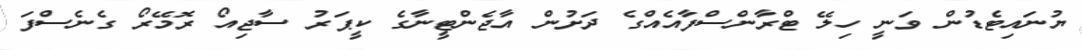
ޔުނައިޓެޑުން ވަނީ ހިލޭ ޓްރާންސްފާއެއްގެ ދަށުން އާޖެންޓީނާގެ ކީޕަރު ސާޖިއޯ ރޮމޭރޯ ގެނެސްފަ